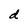
Character: d